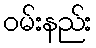
ဝမ်းနည်း